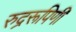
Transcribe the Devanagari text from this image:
रुद्ररूपिणी